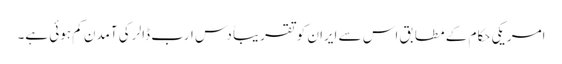
امریکی حکام کے مطابق اس سے ایران کو تقریباً دس ارب ڈالر کی آمدن کم ہوئی ہے۔